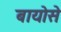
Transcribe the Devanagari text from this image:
बायोसे